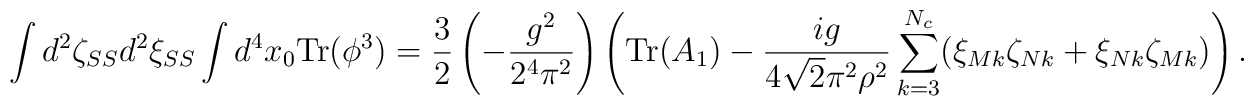
\int d^{2}\zeta_{SS} d^{2}\xi_{SS} \int d^4x_0\mbox{Tr}(\phi^3)=\frac{3}{2}\left(-\frac{g^2}{2^4\pi^2}\right)\left(\mbox{Tr}(A_1)-\frac{ig}{4\sqrt{2}\pi^2\rho^2}\sum_{k=3}^{N_c}(\xi_{Mk}\zeta_{Nk}+\xi_{Nk}\zeta_{Mk})\right).